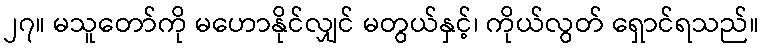
၂၇။ မသူတော်ကို မဟောနိုင်လျှင် မတွယ်နှင့်၊ ကိုယ်လွတ် ရှောင်ရသည်။